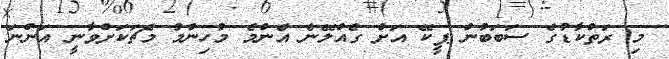
މި ރަތްކާޑުގެ ސަބަބުން ޕީކޭ އަށް ގެއްލޭނެ އެންމެ މުހިންމު މެޗަކަށްވާނީ އަންނަ